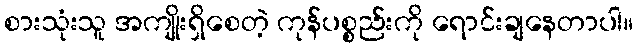
စားသုံးသူ အကျိုးရှိစေတဲ့ ကုန်ပစ္စည်းကို ရောင်းချနေတာပါ။